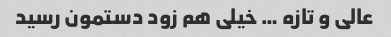
عالی و تازه … خیلی هم زود دستمون رسید